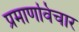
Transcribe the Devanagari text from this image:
प्रमाणविचार